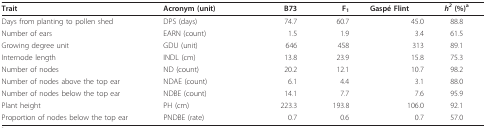
| Trait | Acronym (unit) | B73 | F1 | Gaspé Flint | h2 (%)a |
 | --- | --- | --- | --- | --- | --- |
 | Days from planting to pollen shed | DPS (days) | 74.7 | 60.7 | 45.0 | 88.8 |
 | Number of ears | EARN (count) | 1.5 | 1.9 | 3.4 | 61.5 |
 | Growing degree unit | GDU (unit) | 646 | 458 | 313 | 89.1 |
 | Internode length | INDL (cm) | 13.8 | 23.9 | 15.8 | 75.3 |
 | Number of nodes | ND (count) | 20.2 | 12.1 | 10.7 | 98.2 |
 | Number of nodes above the top ear | NDAE (count) | 6.1 | 4.4 | 3.1 | 88.0 |
 | Number of nodes below the top ear | NDBE (count) | 14.1 | 7.7 | 7.6 | 95.9 |
 | Plant height | PH (cm) | 223.3 | 193.8 | 106.0 | 92.1 |
 | Proportion of nodes below the top ear | PNDBE (rate) | 0.7 | 0.6 | 0.7 | 57.0 |